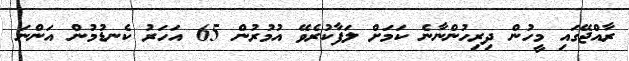
ރާއްޖޭގައި މީހުން ދިރިހުންނާނެ ކަމަށް ލަފާކުރެވޭ އުމުރުން 65 އަހަރު ކެނޑުމުން އަންނަ